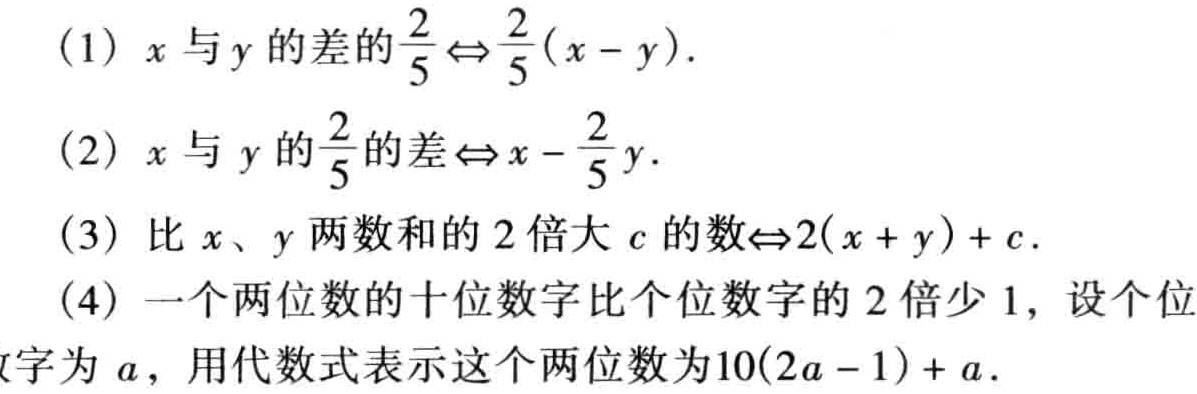
(1) \(x\)与\(y\)的差的\(\frac{2}{5}\Leftrightarrow\frac{2}{5}(x - y)\).

(2) \(x\)与\(y\)的\(\frac{2}{5}\)的差\(\Leftrightarrow x-\frac{2}{5}y\).

(3) 比\(x\)、\(y\)两数和的\(2\)倍大\(c\)的数\(\Leftrightarrow2(x + y)+c\).

(4) 一个两位数的十位数字比个位数字的\(2\)倍少\(1\)，设个位数字为\(a\)，用代数式表示这个两位数为\(10(2a - 1)+a\).